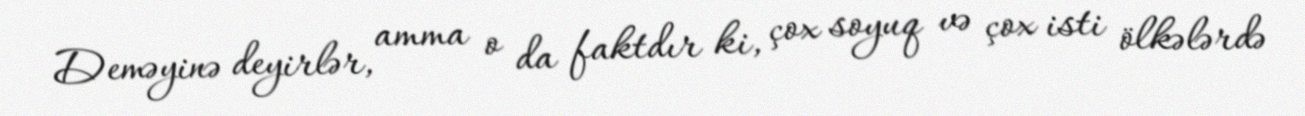
Deməyinə deyirlər, amma o da faktdır ki, çox soyuq və çox isti ölkələrdə